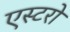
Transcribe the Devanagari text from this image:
एस्टरो